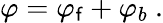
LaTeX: \varphi=\varphi_{\mathsf{f}}+\varphi_{b}\ .